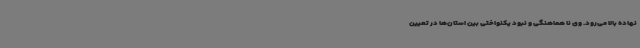
نهاده بالا می‌رود. وی نا هماهنگی و نبود یکنواختی بین استان‌ها در تعیین